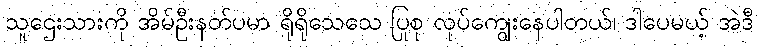
သူဌေးသားကို အိမ်ဦးနတ်ပမာ ရိုရိုသေသေ ပြုစု လုပ်ကျွေးနေပါတယ်၊ ဒါပေမယ့် အဲဒီ